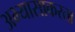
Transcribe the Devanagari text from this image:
अभ्यासाकरता